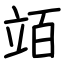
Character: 竡